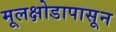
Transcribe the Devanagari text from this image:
मूलक्षोडापासून